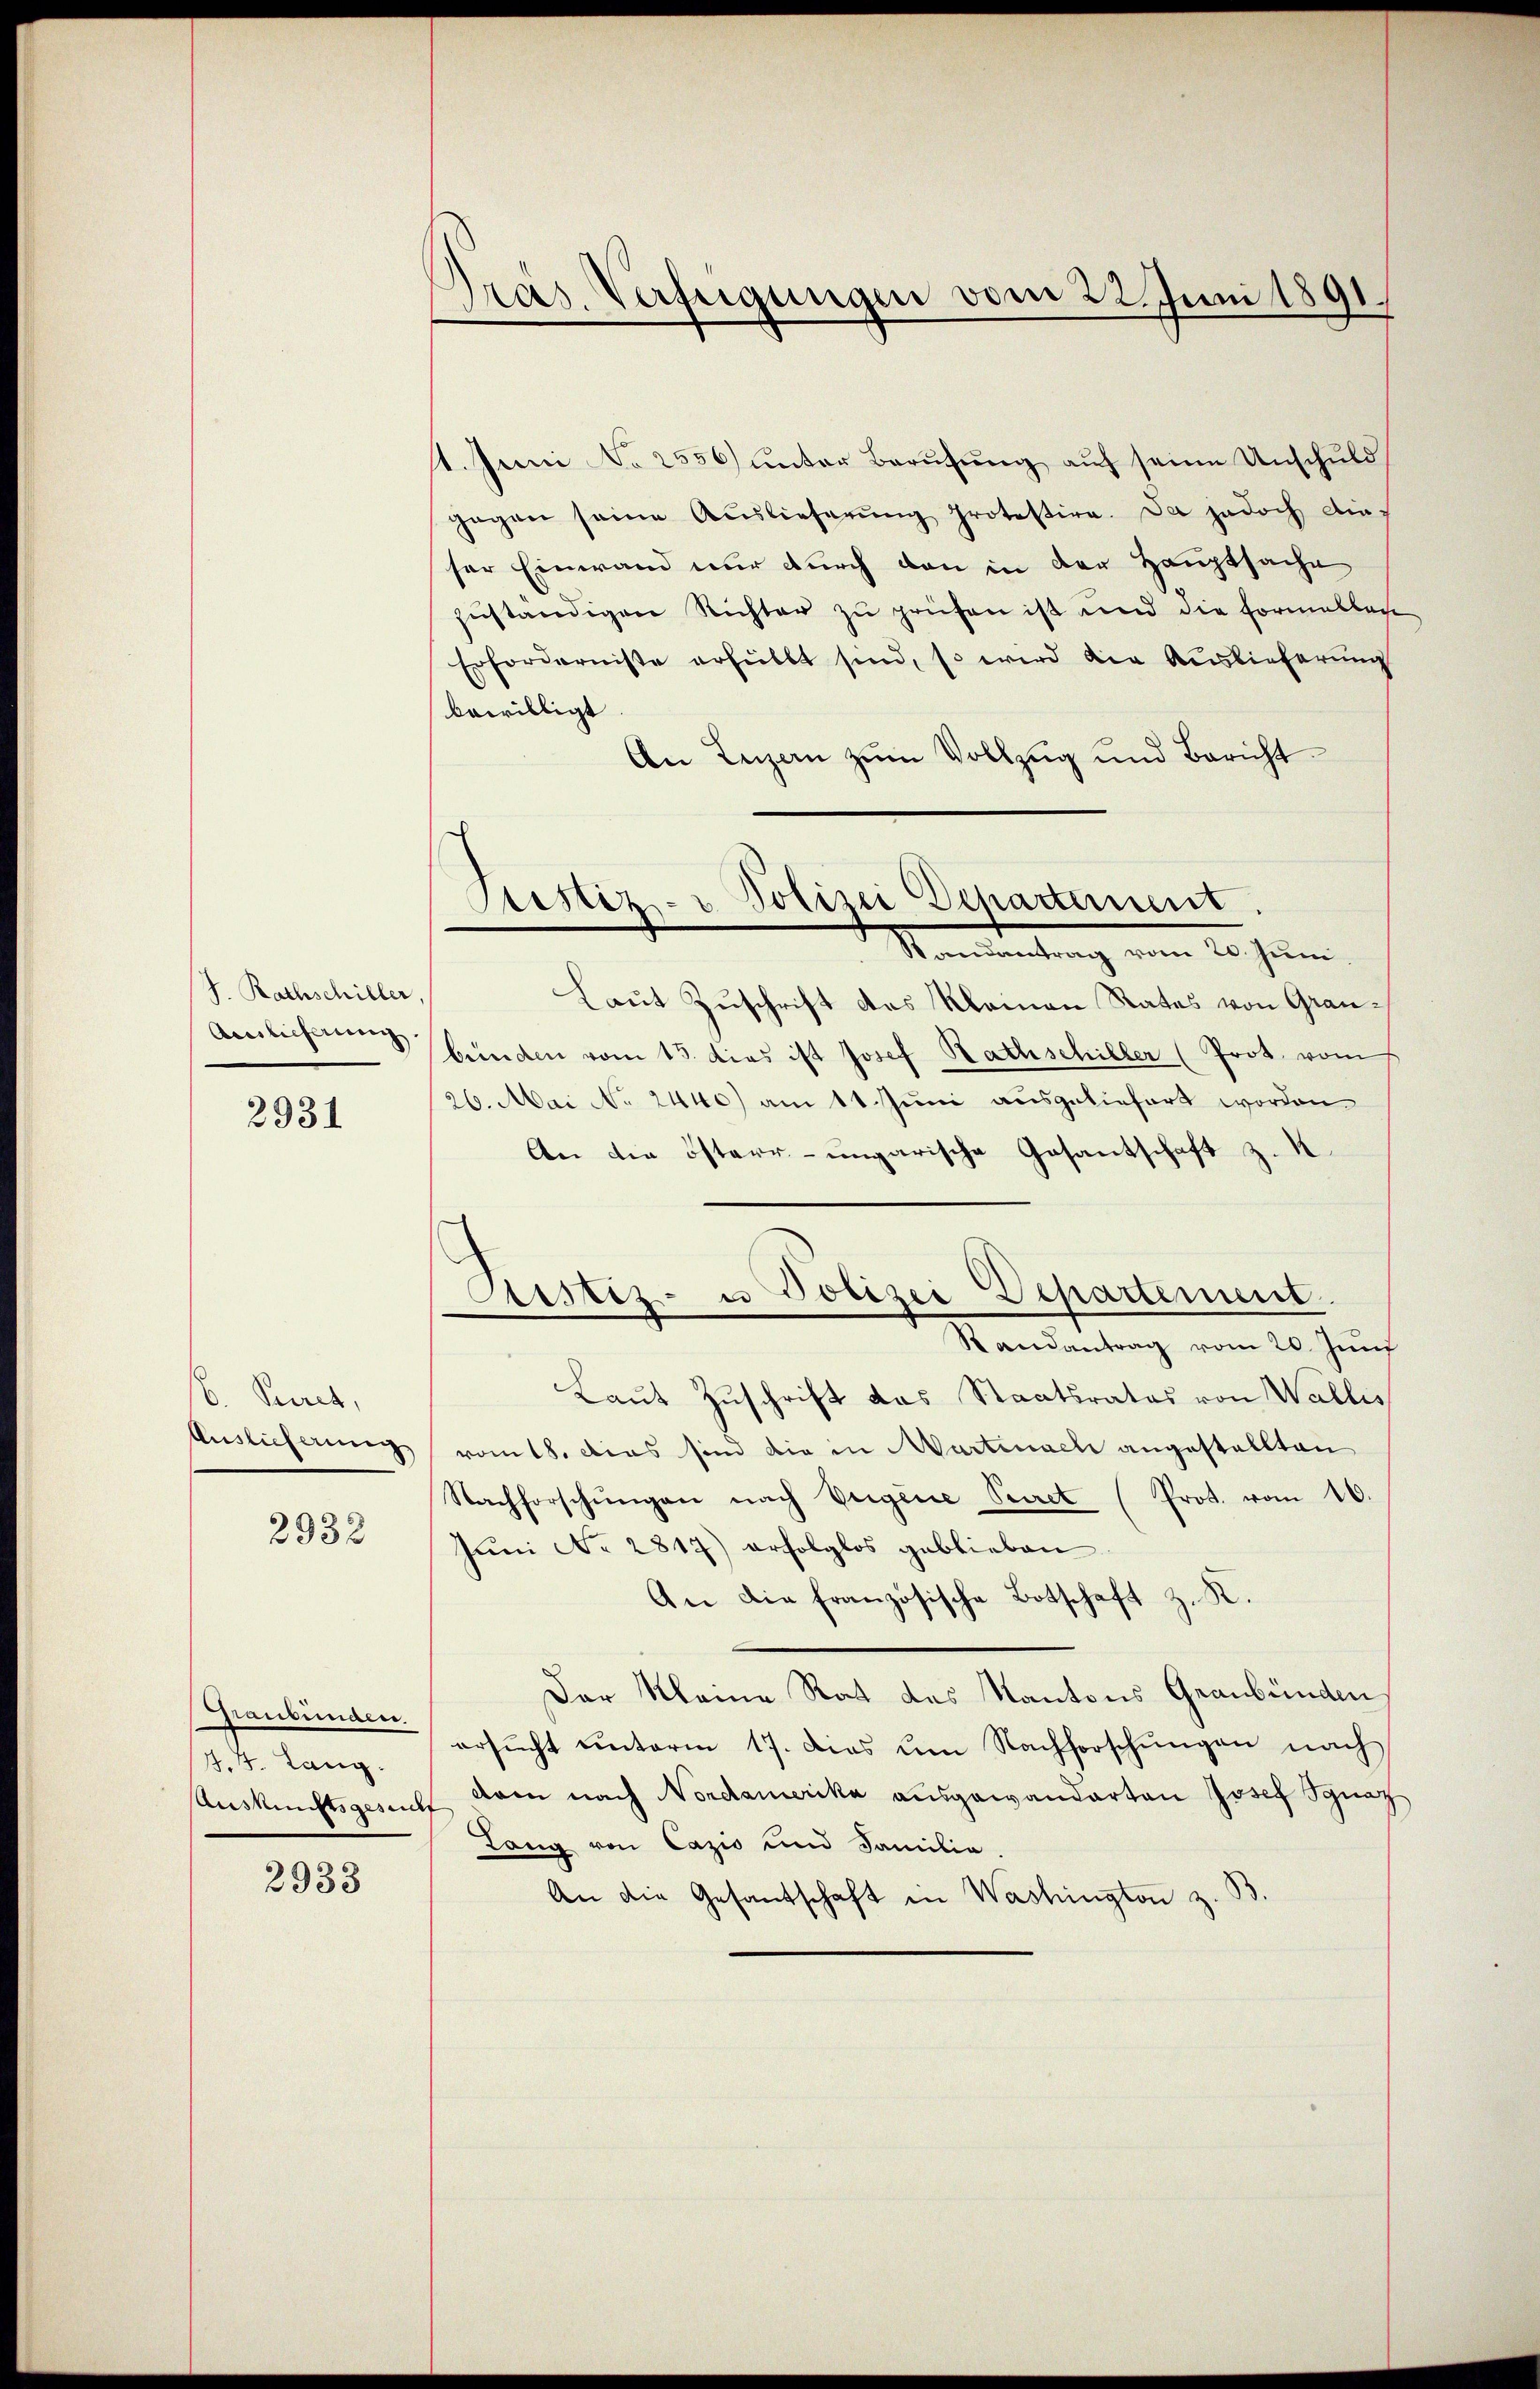
J. Rathschiller,
Auslieferung

2931

B. Peret,
Auslicherung
2932

Graubünden.
J.J. Lang.

2933

Präs. Verfügungen vom 22. Juni 1891.

1. Juni No 2556) unter Berufung auf seine Unschuld
gegen seine Auslieferŭng protestire. Da jedoch dieser Einwand nur durch den in der Hauptsache
zŭständigen Richter zu prüfen ist und die Formellen
Erfordernisse erfüllt sind, so wird die Auslieferung
bewilligt.
An Luzern zŭm Vollzug und Bericht
Laut Zuschrift das Kleinen Rates von Graubünden vom 13. dies ist Josef Rathschiller (Prot. vom
26. Mai No 2440) am 11. Juni ausgeliefert worden
An die österr-ungarische Gesantschaft z. K
Astiz- u Polizei Departement.
Randantrag vom 20. Juni
Laut Zuschrift das Staatsrates von Wallis
vom 18. dies sind die in Martinach angestellten
Nachforschŭngen nach Vergene Secret (Prot. vom 10.
Juni No 2817) erfolglos geblieben
An die französische Botschaft z. K.
Der Kleine Rat das Kantons Graubünden
ersŭcht ŭnterm 17. dies um Nachforschŭngen nach
Auskunftsgesuch dem nach Nordamerika ausgewanderten Josef Ignaz
Lang von Cazio und Familie.
An die Gesantschaft in Washington z. S

Sistiz- u Polizei Departement
Randantrag vom 20. Juni.